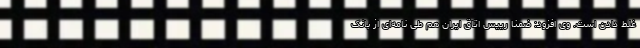
غلط دادن است. وی افزود: ضمنا رییس اتاق ایران هم طی نامه‌ای از بانک